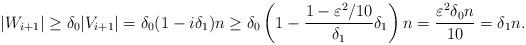
LaTeX: \begin{align*}|W_{i+1}| \geq \delta_0 |V_{i+1}|=\delta_0 (1-i \delta_1)n \geq \delta_0\left(1- \frac{1- \varepsilon^2/10}{\delta_1}\delta_1\right)n =\frac{\varepsilon^2 \delta_0 n}{10}=\delta_1 n.\end{align*}